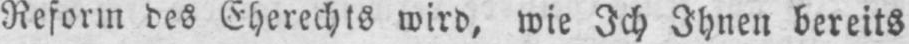
Reform des Eherechts wird, wie Ich Ihnen bereits